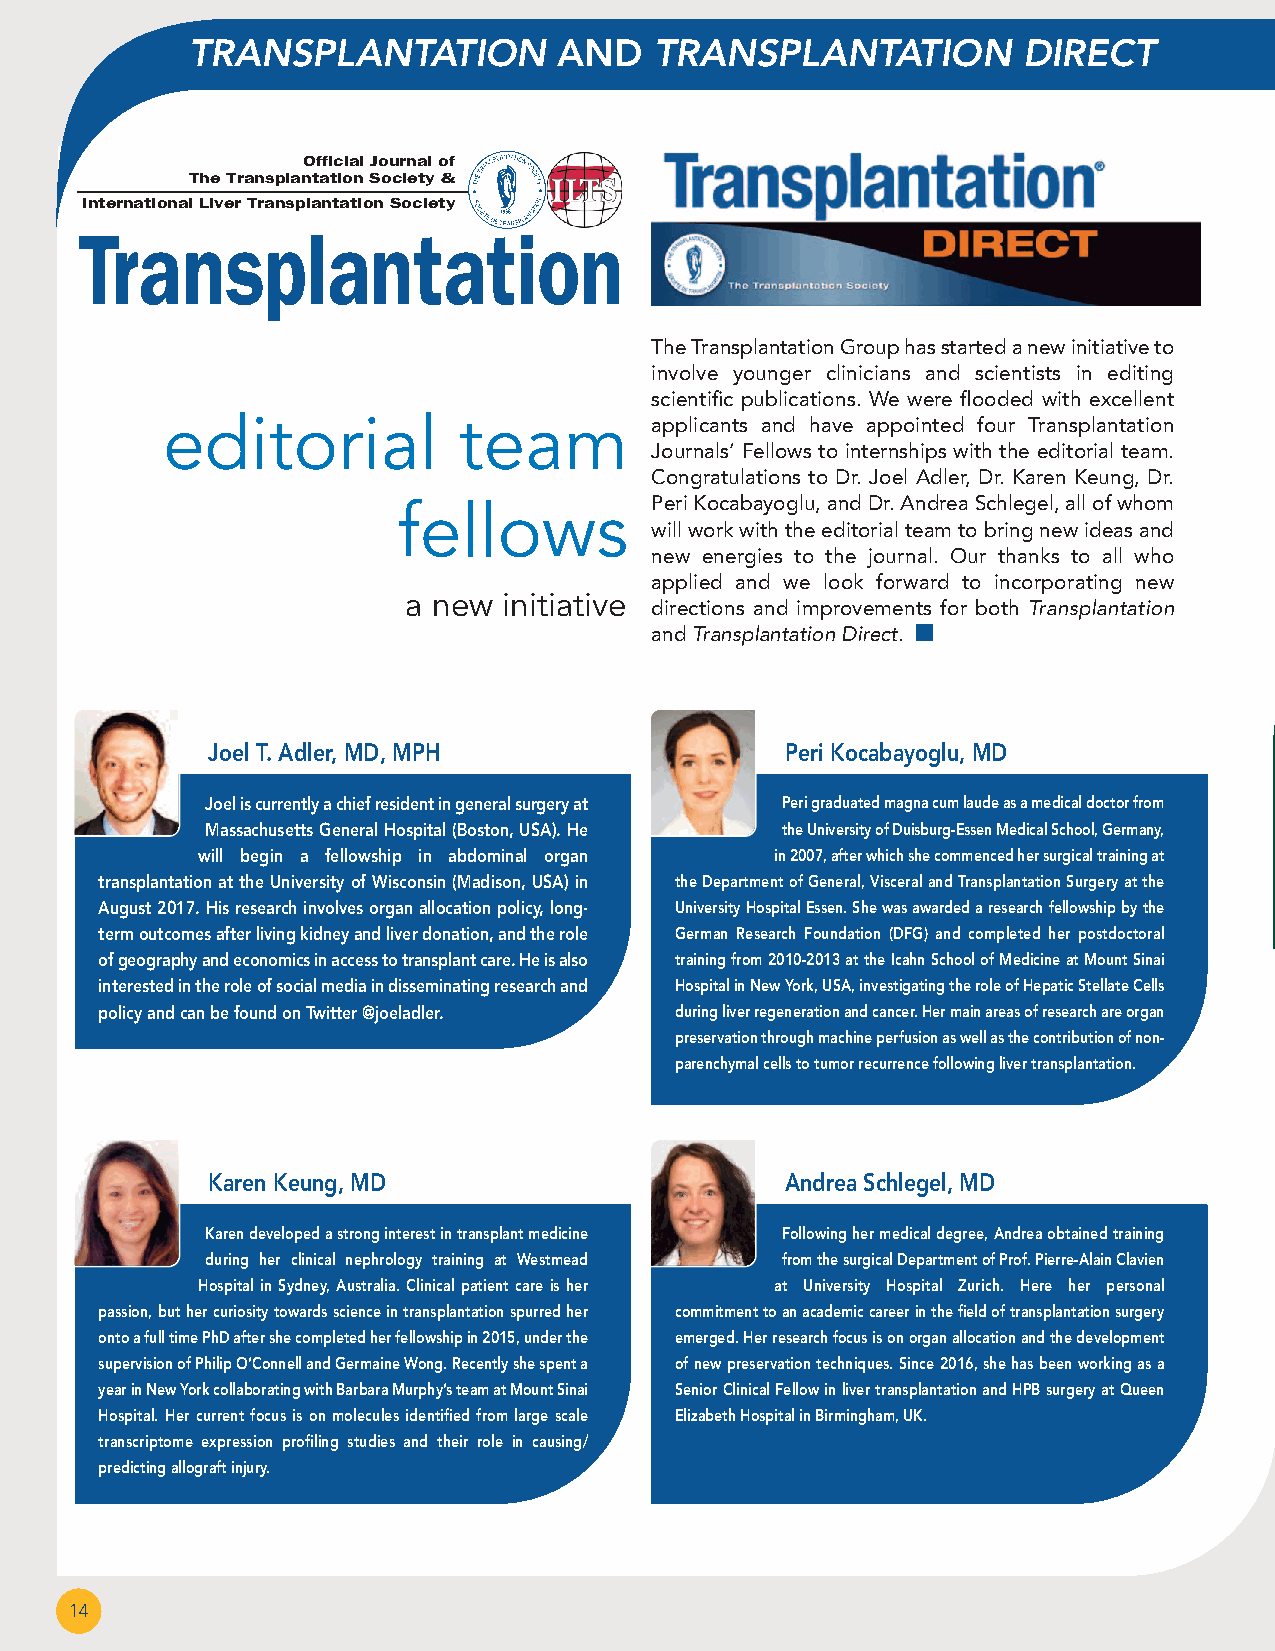
TRANSPLANTATION          AND   TRANSPLANTATION          DIRECT
 Official Journal of
 The Transplantation Society &
 International Liver Transplantation Society
 Transplantation
 The Transplantation Group has started a new initiative to
 involve younger clinicians and scientists in editing
 scientific publications. We were flooded with excellent
 editorial          team         applicants and have appointed four Transplantation
 Journals’ Fellows to internships with the editorial team.
 Congratulations to Dr. Joel Adler, Dr. Karen Keung, Dr.
 fellows          Peri Kocabayoglu, and Dr. Andrea Schlegel, all of whom
 will work with the editorial team to bring new ideas and
 new energies to the journal. Our thanks to all who
 applied and we look forward to incorporating new
 a new initiative
 directions and improvements for both Transplantation
 and Transplantation Direct. n
 Joel T. Adler, MD, MPH                Peri Kocabayoglu, MD
 Joel is currently a chief resident in general surgery at Peri graduated magna cum laude as a medical doctor from
 Massachusetts General Hospital (Boston, USA). He the University of Duisburg-Essen Medical School, Germany,
 will begin a fellowship in abdominal organ in 2007, after which she commenced her surgical training at
 transplantation at the University of Wisconsin (Madison, USA) in the Department of General, Visceral and Transplantation Surgery at the
 August 2017. His research involves organ allocation policy, long- University Hospital Essen. She was awarded a research fellowship by the
 term outcomes after living kidney and liver donation, and the role German Research Foundation (DFG) and completed her postdoctoral
 of geography and economics in access to transplant care. He is also training from 2010-2013 at the Icahn School of Medicine at Mount Sinai
 interested in the role of social media in disseminating research and Hospital in New York, USA, investigating the role of Hepatic Stellate Cells
 policy and can be found on Twitter @joeladler. during liver regeneration and cancer. Her main areas of research are organ
 preservation through machine perfusion as well as the contribution of non-
 parenchymal cells to tumor recurrence following liver transplantation.
 Karen Keung, MD                       Andrea Schlegel, MD
 Karen developed a strong interest in transplant medicine Following her medical degree, Andrea obtained training
 during her clinical nephrology training at Westmead from the surgical Department of Prof. Pierre-Alain Clavien
 Hospital in Sydney, Australia. Clinical patient care is her at University Hospital Zurich. Here her personal
 passion, but her curiosity towards science in transplantation spurred her commitment to an academic career in the field of transplantation surgery
 onto a full time PhD after she completed her fellowship in 2015, under the emerged. Her research focus is on organ allocation and the development
 supervision of Philip O’Connell and Germaine Wong. Recently she spent a of new preservation techniques. Since 2016, she has been working as a
 year in New York collaborating with Barbara Murphy’s team at Mount Sinai Senior Clinical Fellow in liver transplantation and HPB surgery at Queen
 Hospital. Her current focus is on molecules identified from large scale Elizabeth Hospital in Birmingham, UK.
 transcriptome expression profiling studies and their role in causing/
 predicting allograft injury.
 14